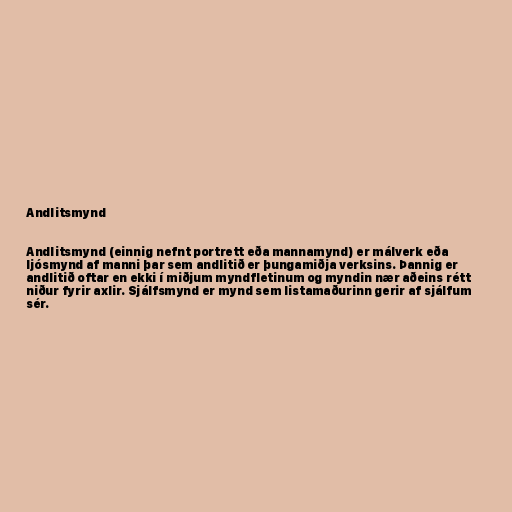
Andlitsmynd

Andlitsmynd (einnig nefnt portrett eða mannamynd) er málverk eða
ljósmynd af manni þar sem andlitið er þungamiðja verksins. Þannig er
andlitið oftar en ekki í miðjum myndfletinum og myndin nær aðeins rétt
niður fyrir axlir. Sjálfsmynd er mynd sem listamaðurinn gerir af sjálfum
sér.